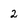
Character: 2